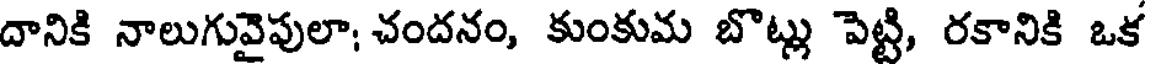
దానికి నాలుగువైపులా; చందనం, కుంకుమ బొట్లు పెట్టి, రకానికి ఒక